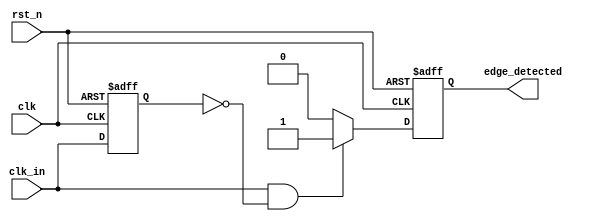
module rising_edge_detector (
    input wire clk,            // Clock signal
    input wire rst_n,         // Active low reset signal
    input wire clk_in,        // Input signal to detect rising edge
    output reg edge_detected   // Output signal indicating rising edge detection
);

    reg clk_in_prev;          // Previous state register for the input signal

    // Sequential logic to update the previous state and detect rising edge
    always @(posedge clk or negedge rst_n) begin
        if (!rst_n) begin
            clk_in_prev <= 1'b0; // Reset previous state to low
            edge_detected <= 1'b0; // Reset edge detected output
        end else begin
            // Edge detection logic
            edge_detected <= (clk_in == 1'b1 && clk_in_prev == 1'b0) ? 1'b1 : 1'b0;
            clk_in_prev <= clk_in; // Update previous state
        end
    end

endmodule